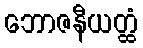
ဘောဇနီယတ္ထံ